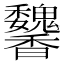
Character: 䭳